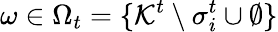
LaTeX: \omega\in\Omega_{t}=\{ \mathcal{K}^{t}\setminus\sigma_{i}^{t}\cup\emptyset\}